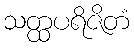
သတ္ထပရိဇိတံ